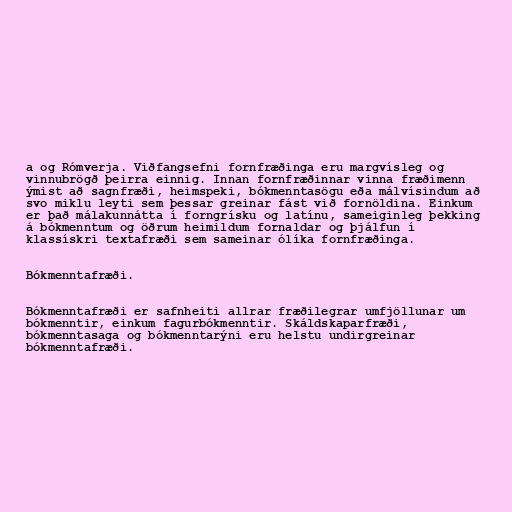
a og Rómverja. Viðfangsefni fornfræðinga eru margvísleg og
vinnubrögð þeirra einnig. Innan fornfræðinnar vinna fræðimenn
ýmist að sagnfræði, heimspeki, bókmenntasögu eða málvísindum að
svo miklu leyti sem þessar greinar fást við fornöldina. Einkum
er það málakunnátta í forngrísku og latínu, sameiginleg þekking
á bókmenntum og öðrum heimildum fornaldar og þjálfun í
klassískri textafræði sem sameinar ólíka fornfræðinga.

Bókmenntafræði.

Bókmenntafræði er safnheiti allrar fræðilegrar umfjöllunar um
bókmenntir, einkum fagurbókmenntir. Skáldskaparfræði,
bókmenntasaga og bókmenntarýni eru helstu undirgreinar
bókmenntafræði.